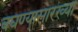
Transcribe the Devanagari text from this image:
बघण्यासारख्या